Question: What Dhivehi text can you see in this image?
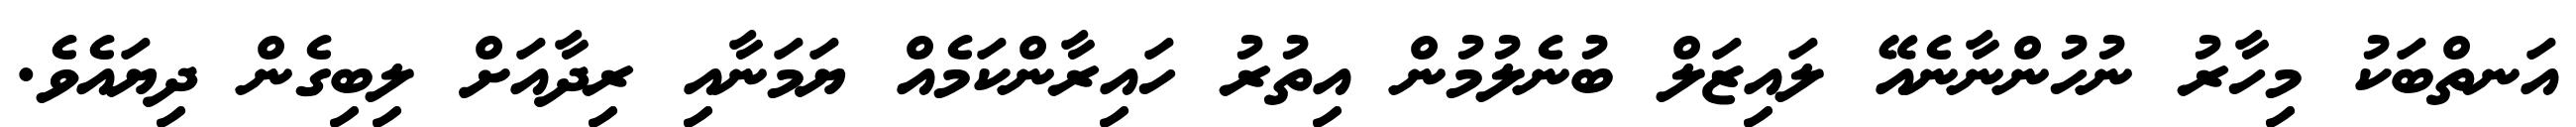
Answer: އަނތްބަކު މިހާރު ނުހުންނާނެއޭ ލައިޒަލް ބުނެލުމުން އިތުރު ހައިރާންކަމެއް ޔަމަނާއި ރިދާއަށް ލިބިގެން ދިޔައެވެ.